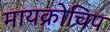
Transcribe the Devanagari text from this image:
मायक्रोचिप